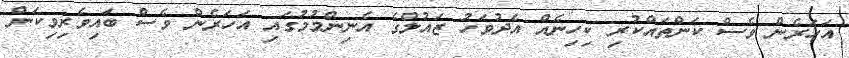
އަހަރެން ވެސް ކަންތައްކުރި ކިހިނެއް އެދުވަހު ޒައުލްގެ އެނިންމުމުގައި އަހަރެން ވެސް ބައިވެރިވިކަން